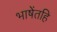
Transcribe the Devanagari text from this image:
भाषेंतहि